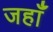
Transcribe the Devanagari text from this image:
जहाँं